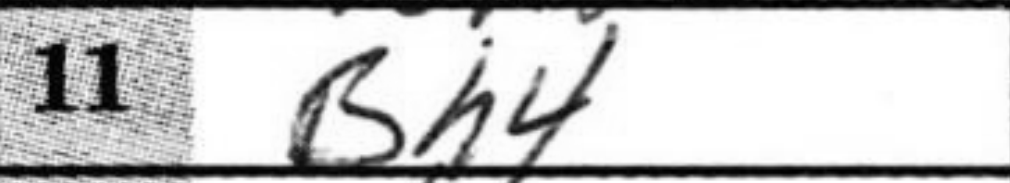
Transcription: Bh4